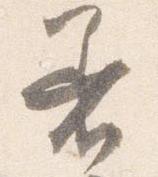
着